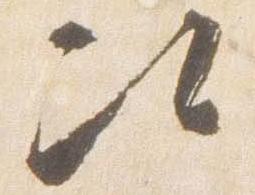
次